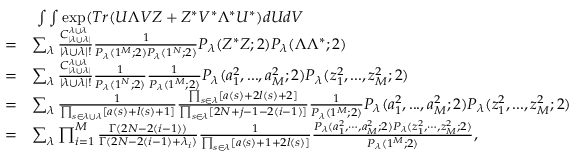
\begin{array} { r l } & { \ \int \int \exp ( T r ( U \Lambda V Z + Z ^ { * } V ^ { * } \Lambda ^ { * } U ^ { * } ) d U d V } \\ { = } & { \sum _ { \lambda } \frac { C _ { | \lambda \cup \lambda | } ^ { \lambda \cup \lambda } } { | \lambda \cup \lambda | ! } \frac { 1 } { P _ { \lambda } ( 1 ^ { M } ; 2 ) P _ { \lambda } ( 1 ^ { N } ; 2 ) } P _ { \lambda } ( Z ^ { * } Z ; 2 ) P _ { \lambda } ( \Lambda \Lambda ^ { * } ; 2 ) } \\ { = } & { \sum _ { \lambda } \frac { C _ { | \lambda \cup \lambda | } ^ { \lambda \cup \lambda } } { | \lambda \cup \lambda | ! } \frac { 1 } { P _ { \lambda } ( 1 ^ { N } ; 2 ) } \frac { 1 } { P _ { \lambda } ( 1 ^ { M } ; 2 ) } P _ { \lambda } ( a _ { 1 } ^ { 2 } , . . . , a _ { M } ^ { 2 } ; 2 ) P _ { \lambda } ( z _ { 1 } ^ { 2 } , . . . , z _ { M } ^ { 2 } ; 2 ) } \\ { = } & { \sum _ { \lambda } \frac { 1 } { \prod _ { s \in \lambda \cup \lambda } [ a ( s ) + l ( s ) + 1 ] } \frac { \prod _ { s \in \lambda } [ a ( s ) + 2 l ( s ) + 2 ] } { \prod _ { s \in \lambda } [ 2 N + j - 1 - 2 ( i - 1 ) ] } \frac { 1 } { P _ { \lambda } ( 1 ^ { M } ; 2 ) } P _ { \lambda } ( a _ { 1 } ^ { 2 } , . . . , a _ { M } ^ { 2 } ; 2 ) P _ { \lambda } ( z _ { 1 } ^ { 2 } , . . . , z _ { M } ^ { 2 } ; 2 ) } \\ { = } & { \sum _ { \lambda } \prod _ { i = 1 } ^ { M } \frac { \Gamma ( 2 N - 2 ( i - 1 ) ) } { \Gamma ( 2 N - 2 ( i - 1 ) + \lambda _ { i } ) } \frac { 1 } { \prod _ { s \in \lambda } [ a ( s ) + 1 + 2 l ( s ) ] } \frac { P _ { \lambda } ( a _ { 1 } ^ { 2 } , \cdots , a _ { M } ^ { 2 } ; 2 ) P _ { \lambda } ( z _ { 1 } ^ { 2 } , \cdots , z _ { M } ^ { 2 } ; 2 ) } { P _ { \lambda } ( 1 ^ { M } ; 2 ) } , } \end{array}